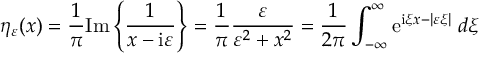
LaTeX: \eta _ { \varepsilon } ( x ) = { \frac { 1 } { \pi } } \mathrm { I m } \left\{ { \frac { 1 } { x - \mathrm { i } \varepsilon } } \right\} = { \frac { 1 } { \pi } } { \frac { \varepsilon } { \varepsilon ^ { 2 } + x ^ { 2 } } } = { \frac { 1 } { 2 \pi } } \int _ { - \infty } ^ { \infty } \mathrm { e } ^ { \mathrm { i } \xi x - | \varepsilon \xi | } \; d \xi